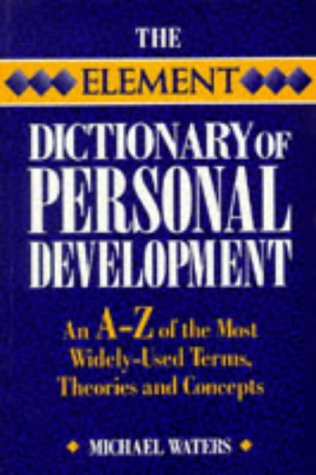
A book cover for Element Dictionary of Personal Development: An A-Z of the Most Widely Used Terms, Themes And... (Element Dictionaries); Michael Waters; Self-Help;